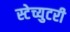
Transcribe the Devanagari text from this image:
स्टेच्युटरी